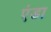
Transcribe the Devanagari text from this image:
एंडा